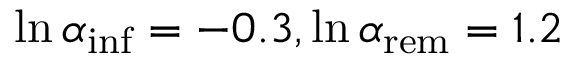
\ln { \alpha _ { \mathrm { i n f } } } = - 0 . 3 , \ln { \alpha _ { \mathrm { r e m } } } = 1 . 2